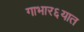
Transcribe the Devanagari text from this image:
गाभार६यात